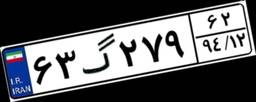
۶۳گ۲۷۹۶۲